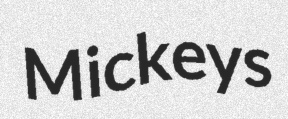
Mickeys